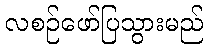
လစဉ်ဖော်ပြသွားမည်